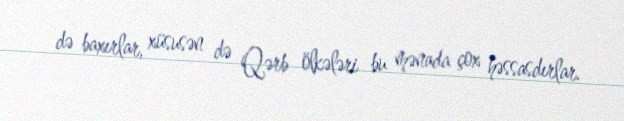
də baxırlar, xüsusən də Qərb ölkələri bu mənada çox həssasdırlar.